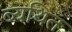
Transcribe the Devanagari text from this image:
ब्यथित